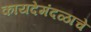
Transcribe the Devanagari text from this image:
कायदेमंदळाचे